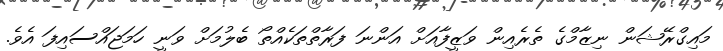
މައިގްރޭޭޝަން ނިޒާމްގެ ތެރެއިން ވަޒީފާއަށް އަންނަ ފަރާތްތަކެއްތޯ ބެލުމަށް ވަނީ ހަމަޖައްސައިފަ އެވެ.